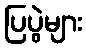
ပြပွဲများ